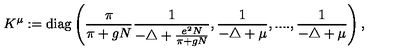
K ^ { \mu } : = \mathrm { d i a g } \left( \frac { \pi } { \pi + g N } \frac { 1 } { - \triangle + \frac { e ^ { 2 } N } { \pi + g N } } , \frac { 1 } { - \triangle + \mu } , . . . . , \frac { 1 } { - \triangle + \mu } \right) ,